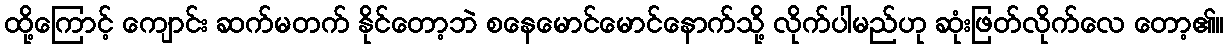
ထို့ကြောင့် ကျောင်း ဆက်မတက် နိုင်တော့ဘဲ စနေမောင်မောင်နောက်သို့ လိုက်ပါမည်ဟု ဆုံးဖြတ်လိုက်လေ တော့၏။